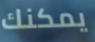
يمكنك